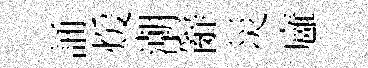
誦煖潮辭災廱